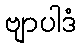
ဗျာပါဒံ